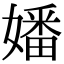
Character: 嬏